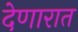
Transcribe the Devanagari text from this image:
देणारात